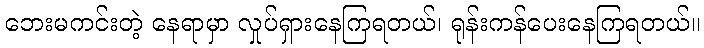
ဘေးမကင်းတဲ့ နေရာမှာ လှုပ်ရှားနေကြရတယ်၊ ရုန်းကန်ပေးနေကြရတယ်။